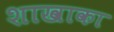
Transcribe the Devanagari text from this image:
शाखाका